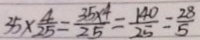
3 5 \times \frac { 4 } { 2 5 } = \frac { 3 5 \times 4 } { 2 5 } = \frac { 1 4 0 } { 2 5 } = \frac { 2 8 } { 5 }